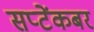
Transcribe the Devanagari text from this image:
सप्टेंकबर